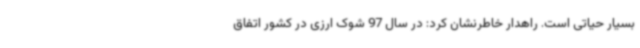
بسیار حیاتی است. راهدار خاطرنشان کرد: در سال 97 شوک ارزی در کشور اتفاق